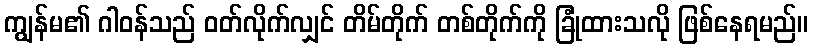
ကျွန်မ၏ ဂါဝန်သည် ဝတ်လိုက်လျှင် တိမ်တိုက် တစ်တိုက်ကို ခြုံထားသလို ဖြစ်နေရမည်။